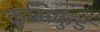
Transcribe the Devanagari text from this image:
कृमिकुंड